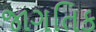
જાગતિક